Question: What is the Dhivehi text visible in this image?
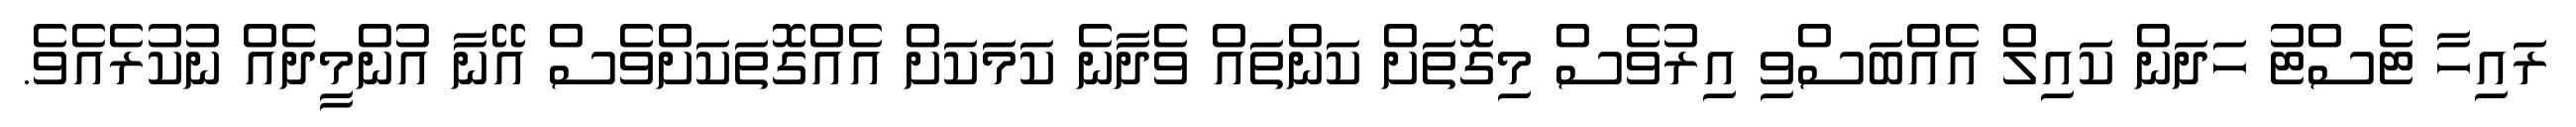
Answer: ރައިހާ ޓެސްޓު ހަދަން ކައިލް އެއްބަސްވި އިރުވެސް މިގޮތަށް ކަންތައް ވެދާނެ ކަމަކަށް އެއްގޮތަކަށްވެސް އޭނާ އުންމީދެއް ނުކުރެއެވެ.